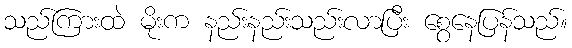
သည်ကြားထဲ မိုးက နည်းနည်းသည်းလာပြီး စွေနေပြန်သည်။